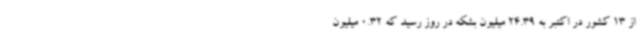
از 13 کشور در اکتبر به 24.39 میلیون بشکه در روز رسید که 0.32 میلیون